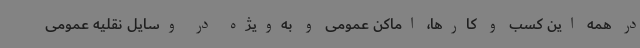
در همه این کسب و کارها، اماکن عمومی و به‌ویژه در وسایل نقلیه عمومی